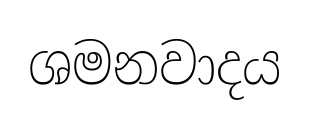
ශමනවාදය